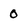
Character: 0